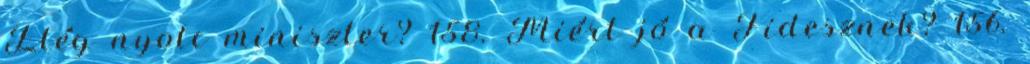
Elég nyolc miniszter? 158. Miért jó a Fidesznek? 156.